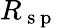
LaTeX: R_{\mathrm{~s~p~}}